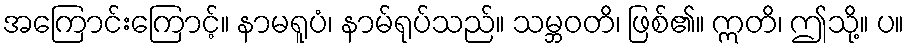
အကြောင်းကြောင့်။ နာမရူပံ၊ နာမ်ရုပ်သည်။ သမ္ဘဝတိ၊ ဖြစ်၏။ ဣတိ၊ ဤသို့။ ပ။